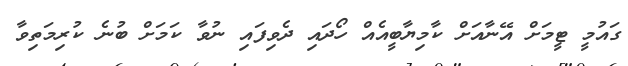
ގައުމީ ޓީމަށް އޭނާއަށް ކާމިޔާބީއެއް ހޯދައި ދެވިފައި ނުވާ ކަމަށް ބުނެ ކުރިމަތިވާ